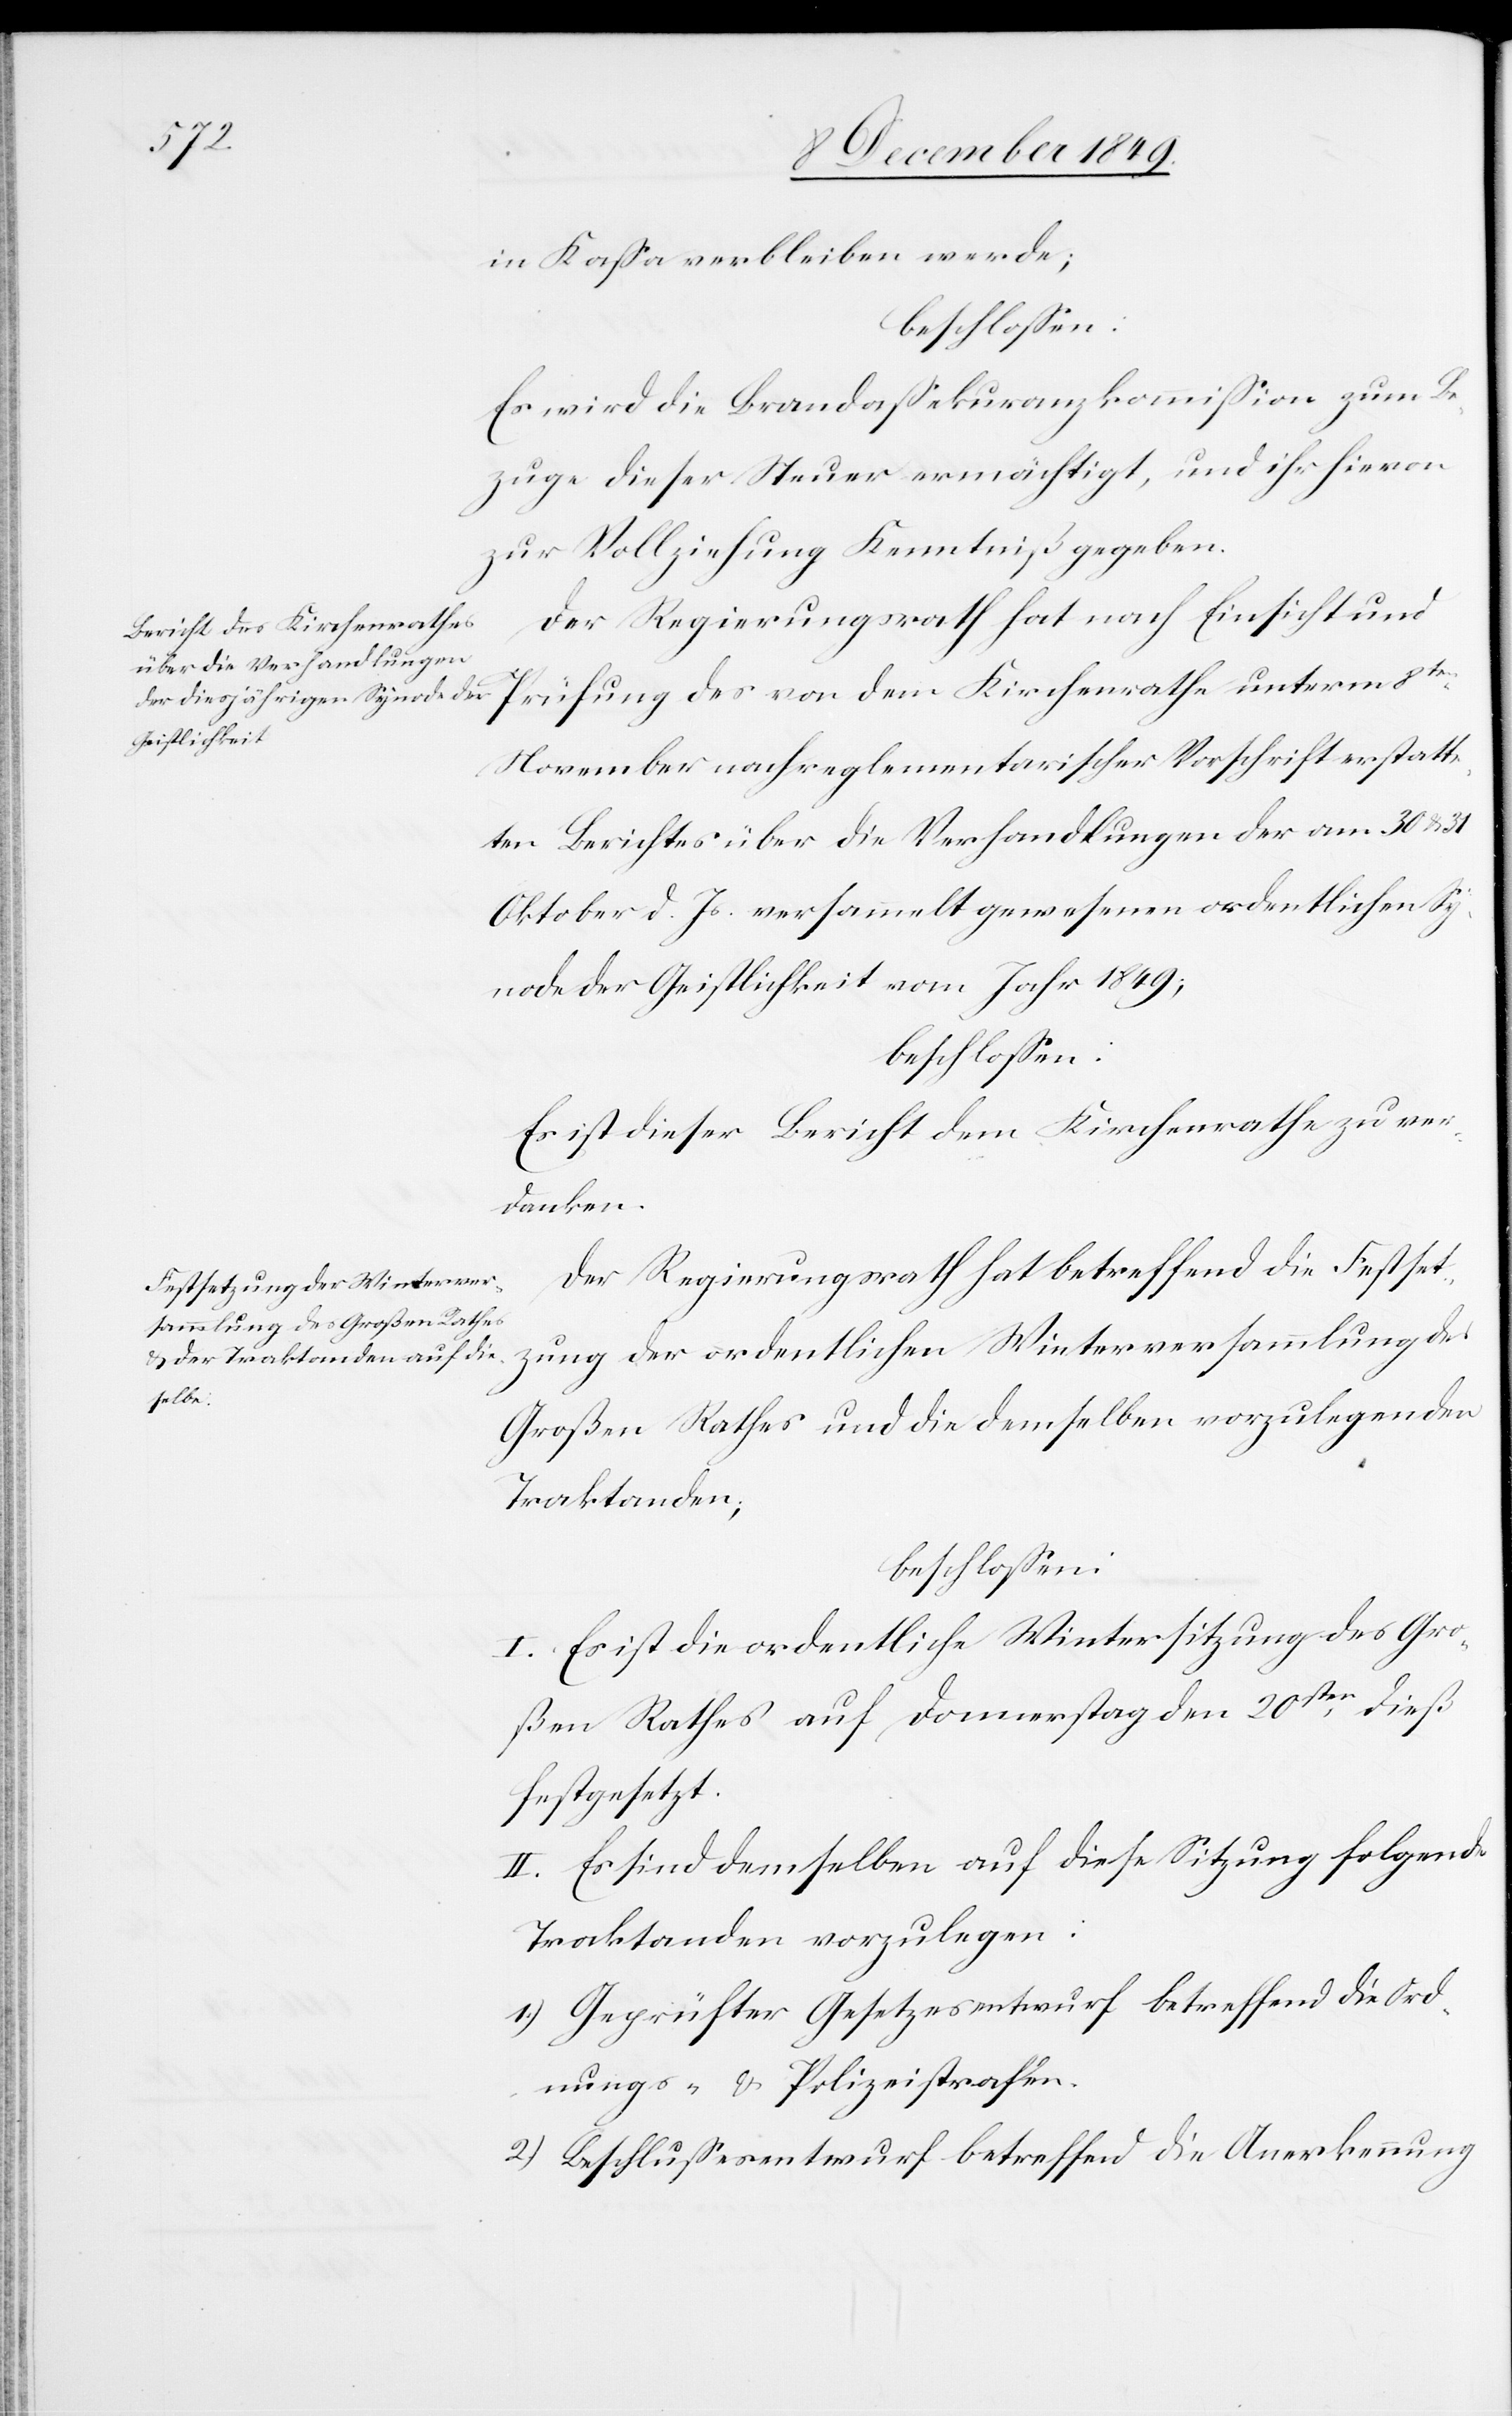
in Kaßa verbleiben werde;
beschloßen:
Es wird die Brandaßekuranzkommißion zum Be¬
zug dieser Steuer ermächtigt, und ihr hievon
zur Vollziehung Kenntniß gegeben.
Der Regierungsrath hat nach Einsicht und
Prüfung des von dem Kirchenrathe unterm 8ten
November nach reglementarischer Vorschrift erstatte¬
ten Berichtes über die Verhandlungen der am 30 u. 31
Oktober d. Js. versammelt gewesenen ordentlichen Sy¬
node der Geistlichkeit vom Jahr 1849;
beschloßen:
Es ist dieser Bericht dem Kirchenrathe zu ver¬
danken.
Der Regierungsrath hat betreffend die Festset¬
zung der ordentlichen Winterversammlung des
Großen Rathes und die demselben vorzulegenden
Traktanden;
beschloßen:
I. Es ist die ordentliche Wintersitzung des Gro¬
ßen Rathes auf Donnerstag den 20sten dieß
festgesetzt.
II. Es sind demselben auf diese Sitzung folgende
Traktanden vorzulegen:
1.) Geprüfter Gesetzesentwurf betreffend die Ord¬
nungs- u. Polizeistrafen.
2.) Beschlußesentwurf betreffend die Anerkennung